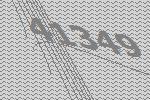
41349